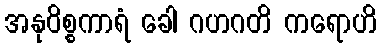
အနုဝိစ္စကာရံ ခေါ ဂဟဂတိ ကရောဟိ